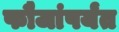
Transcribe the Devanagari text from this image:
फौजांपर्यंत